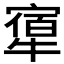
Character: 𤛝